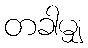
တခါမျှ